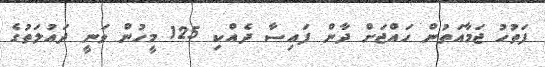
ފަތުހު ޖަމާއަތުން ހައްޖަށް ދާން ފައިސާ ދެއްކި 125 މީހުން ވަނީ ދައުލަތުގެ